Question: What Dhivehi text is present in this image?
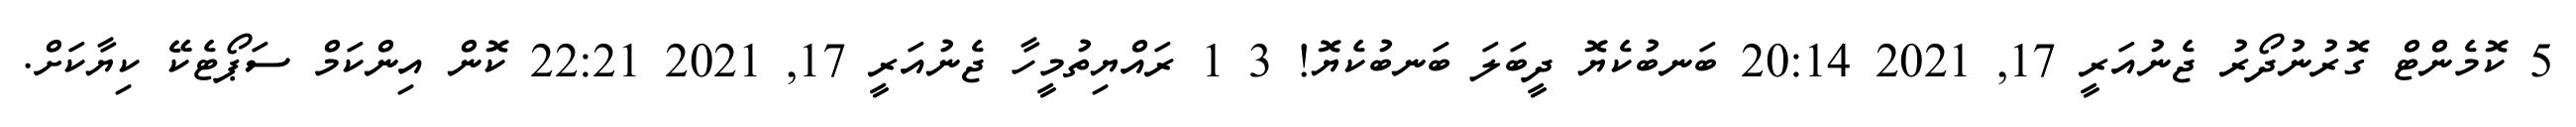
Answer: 5 ކޮމެންޓް ގޮރުނުދޯރު ޖެނުއަރީ 17, 2021 20:14 ބަނބުކެޔޮ ދީބަލަ ބަނބުކެޔޮ! 3 1 ރައްޔިތުމީހާ ޖެނުއަރީ 17, 2021 22:21 ކޮން އިންކަމް ސަޕޯޓެކޭ ކިޔާކަށް.